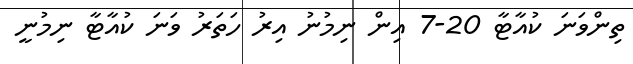
ތިންވަނަ ކުއާޓާ 20-7 އިން ނިމުނު އިރު ހަތަރު ވަނަ ކުއާޓާ ނިމުނީ